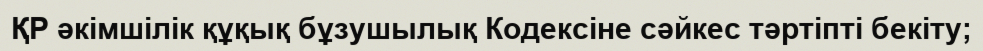
ҚР әкімшілік құқық бұзушылық Кодексіне сәйкес тәртіпті бекіту;